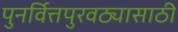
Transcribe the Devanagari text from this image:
पुनर्वित्तपुरवठ्यासाठी